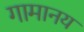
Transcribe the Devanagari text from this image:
गामानय